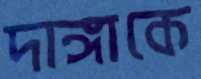
দাঙ্গাকে